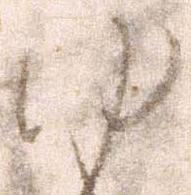
ゆ